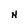
Character: N